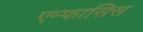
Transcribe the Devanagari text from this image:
एम्फासिस